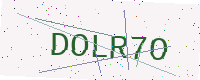
Text: DOLR7O